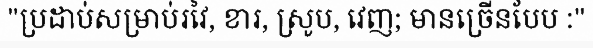
"ប្រដាប់សម្រាប់រវៃ, ខារ, ស្រូប, វេញ; មានច្រើនបែប :"